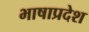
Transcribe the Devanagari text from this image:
भाषाप्रदेश